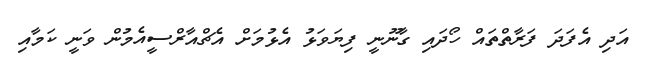
އަދި އެފަދަ ފަރާތްތައް ހޯދައި ގާނޫނީ ފިޔަވަޅު އެޅުމަށް އެޗްއާރްސީއެމުން ވަނީ ކަމާއި